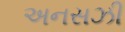
અનસઝી